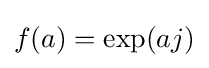
f(a)=\exp(aj)